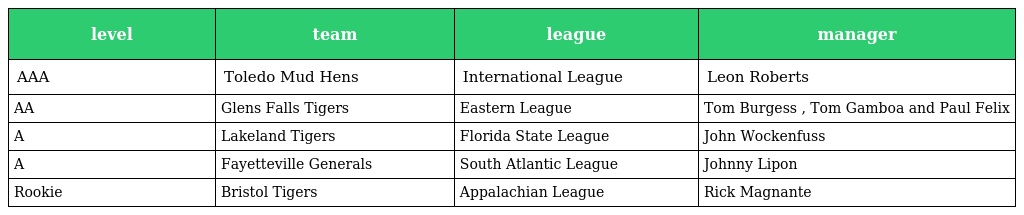
| level | team | league | manager |
 | --- | --- | --- | --- |
 | AAA | Toledo Mud Hens | International League | Leon Roberts |
 | AA | Glens Falls Tigers | Eastern League | Tom Burgess , Tom Gamboa and Paul Felix |
 | A | Lakeland Tigers | Florida State League | John Wockenfuss |
 | A | Fayetteville Generals | South Atlantic League | Johnny Lipon |
 | Rookie | Bristol Tigers | Appalachian League | Rick Magnante |